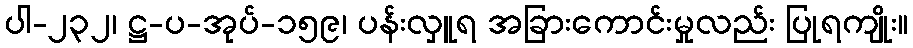
ပါ-၂၃၂၊ ဋ္ဌ-ပ-အုပ်-၁၅၉၊ ပန်းလှူရ အခြားကောင်းမှုလည်း ပြုရကျိုး။